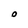
Character: 0